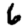
Digit: 6